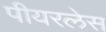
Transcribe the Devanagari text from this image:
पीयरलेस